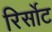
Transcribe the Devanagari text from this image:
रिर्सोट